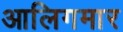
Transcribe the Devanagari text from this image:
आलिगमार